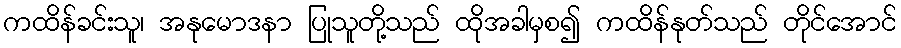
ကထိန်ခင်းသူ၊ အနုမောဒနာ ပြုသူတို့သည် ထိုအခါမှစ၍ ကထိန်နုတ်သည် တိုင်အောင်